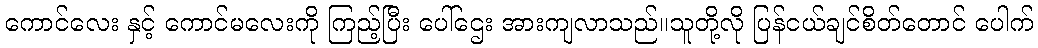
ကောင်လေး နှင့် ကောင်မလေးကို ကြည့်ပြီး ပေါ်ဌေး အားကျလာသည်။သူတို့လို ပြန်ငယ်ချင်စိတ်တောင် ပေါက်